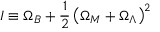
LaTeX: I \equiv \Omega _ { B } + \frac { 1 } { 2 } \left( \Omega _ { M } + \Omega _ { \Lambda } \right) ^ { 2 }